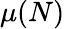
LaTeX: \mu(N)